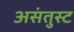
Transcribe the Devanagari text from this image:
असंतुस्ट